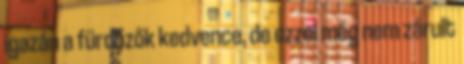
igazán a fürdőzők kedvence, de ezzel még nem zárult